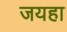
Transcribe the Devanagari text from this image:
जयहा